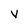
Character: V